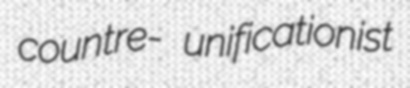
countre- unificationist